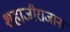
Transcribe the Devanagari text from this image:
शहाजीराजाना